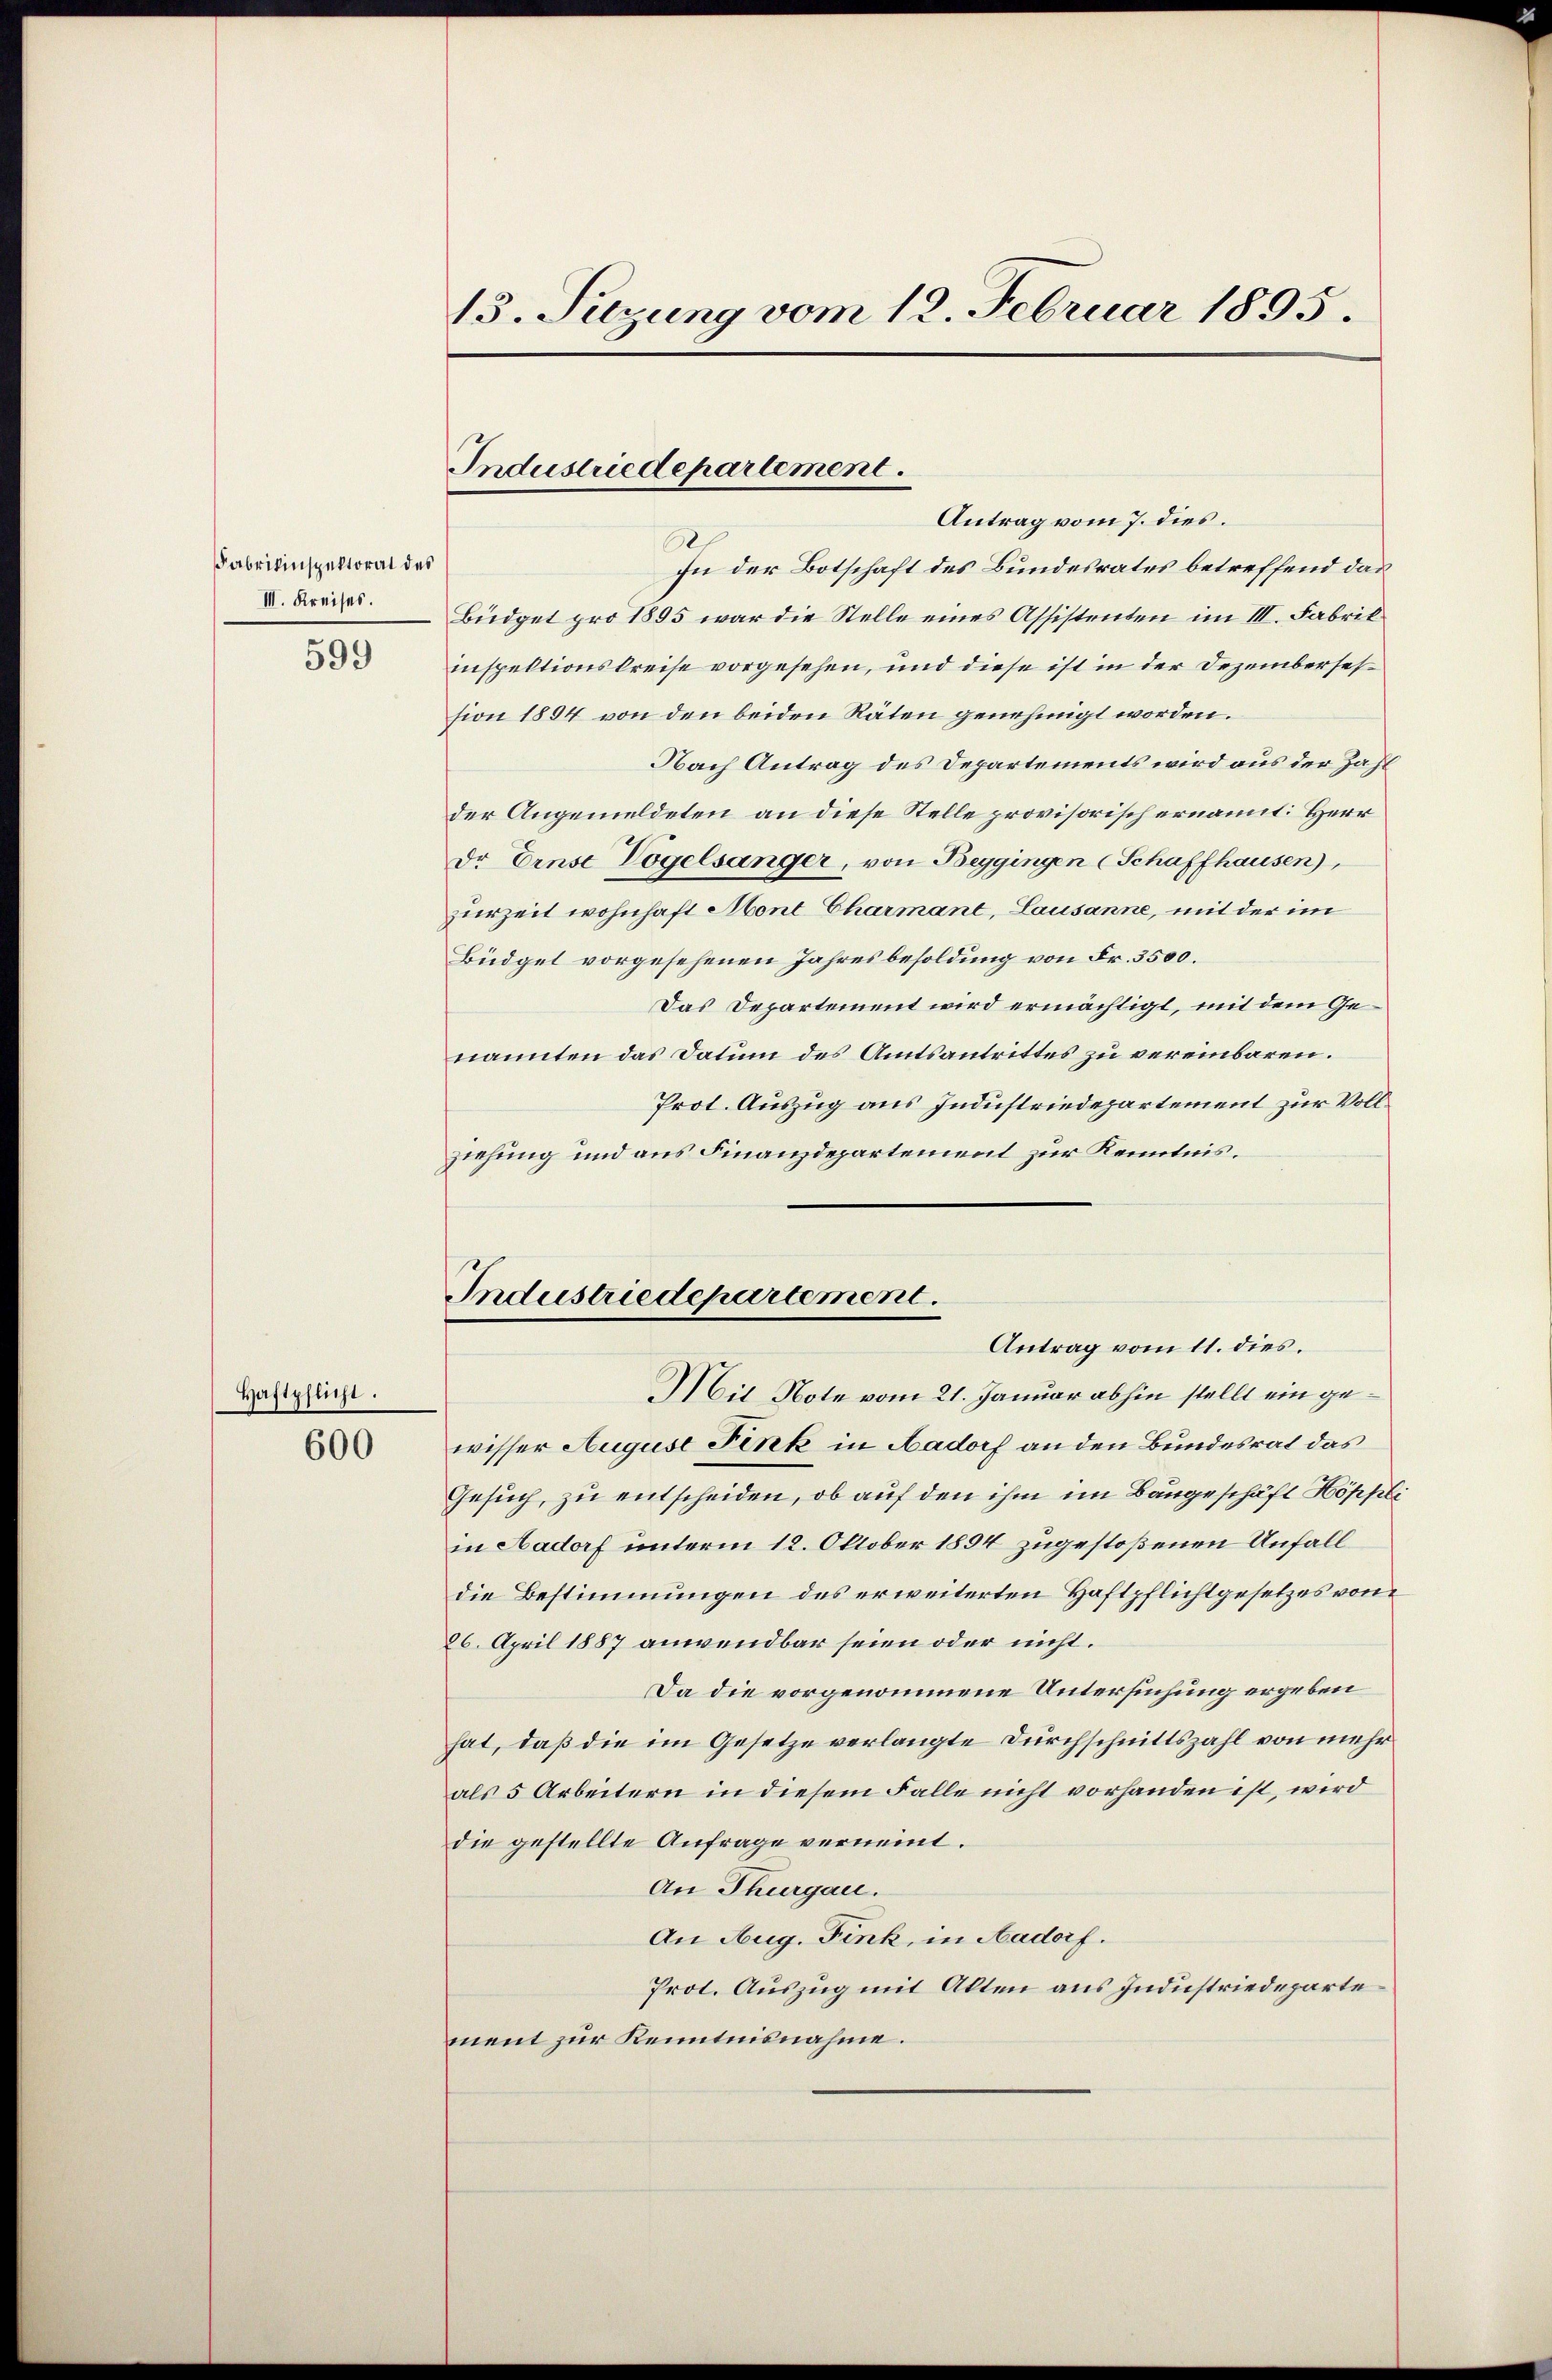
Fabrikinspektorat des
III. Kreises.

Haftpflicht.

599

600

13. Suzung vom 12. Februar 1895.

Antrag vom 7. dies.
.
In der Botschaft des Bundesrates betreffend das
Büdget pro 1895 war die Stelle eines Assistenten im III. Fabrik
inspektionskreise vorgesehen, und diese ist in der Dezemberselsion 1894 von den beiden Räten genehmigt worden.
Nach Antrag des Departements wird aus der Zahl
der Angemeldeten an diese Stelle provisorisch ernannt: Herr
Dr Ernst Vögelsanger, von Beggingen (Schaffhausen),
zurzeit wohnhaft Mont Charmant, Lausanne, mit der im
Büdget vorgesehenen Jahresbesoldung von Fr. 3500.
Das Departement wird ermächtigt, mit dem Genannten das Datum des Amtsantrittes zu vereinbaren.
Prot. Auszug aus Industriedepartement zur Vollziehung und aus Finanzdepartement zur Kenntnis.

Industriedepartement.

Industriedepartement.
Antrag vom 11. dies.
Mit Note vom 21. Januar abhin stellt ein ge¬

wisser August Fink in Aadorf an den Bundesrat das
Gesuch, zu entscheiden, ob auf den ihm im Baugeschäft Höppli
in Aadorf unterm 12. Oktober 1894 zugestoßenen Unfall
die Bestimmungen des erweiterten Haftpflichtgesetzes von
26. April 1887 anwendbar seien oder nicht.
Da die vorgenommene Untersuchung ergeben
hat, daß die im Gesetze verlangte Durchschnittszahl von mehr
als 5 Arbeitern in diesem Falle nicht vorhanden ist, wird
die gestellte Anfrage verneint.
An Thurgau.
An Aug. Fink, in Aadorf.
Prot. Auszug mit Akten aus Industriedeparte
ment zur Kenntnisnahme.